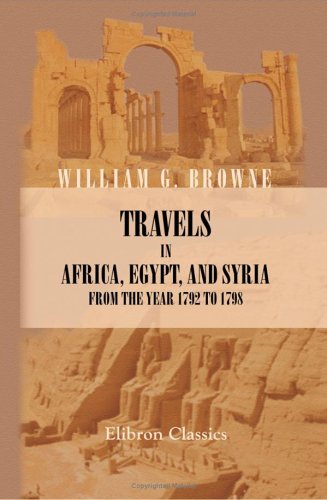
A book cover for Travels in Africa, Egypt, and Syria, from the Year 1792 to 1798; William George Browne; Travel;